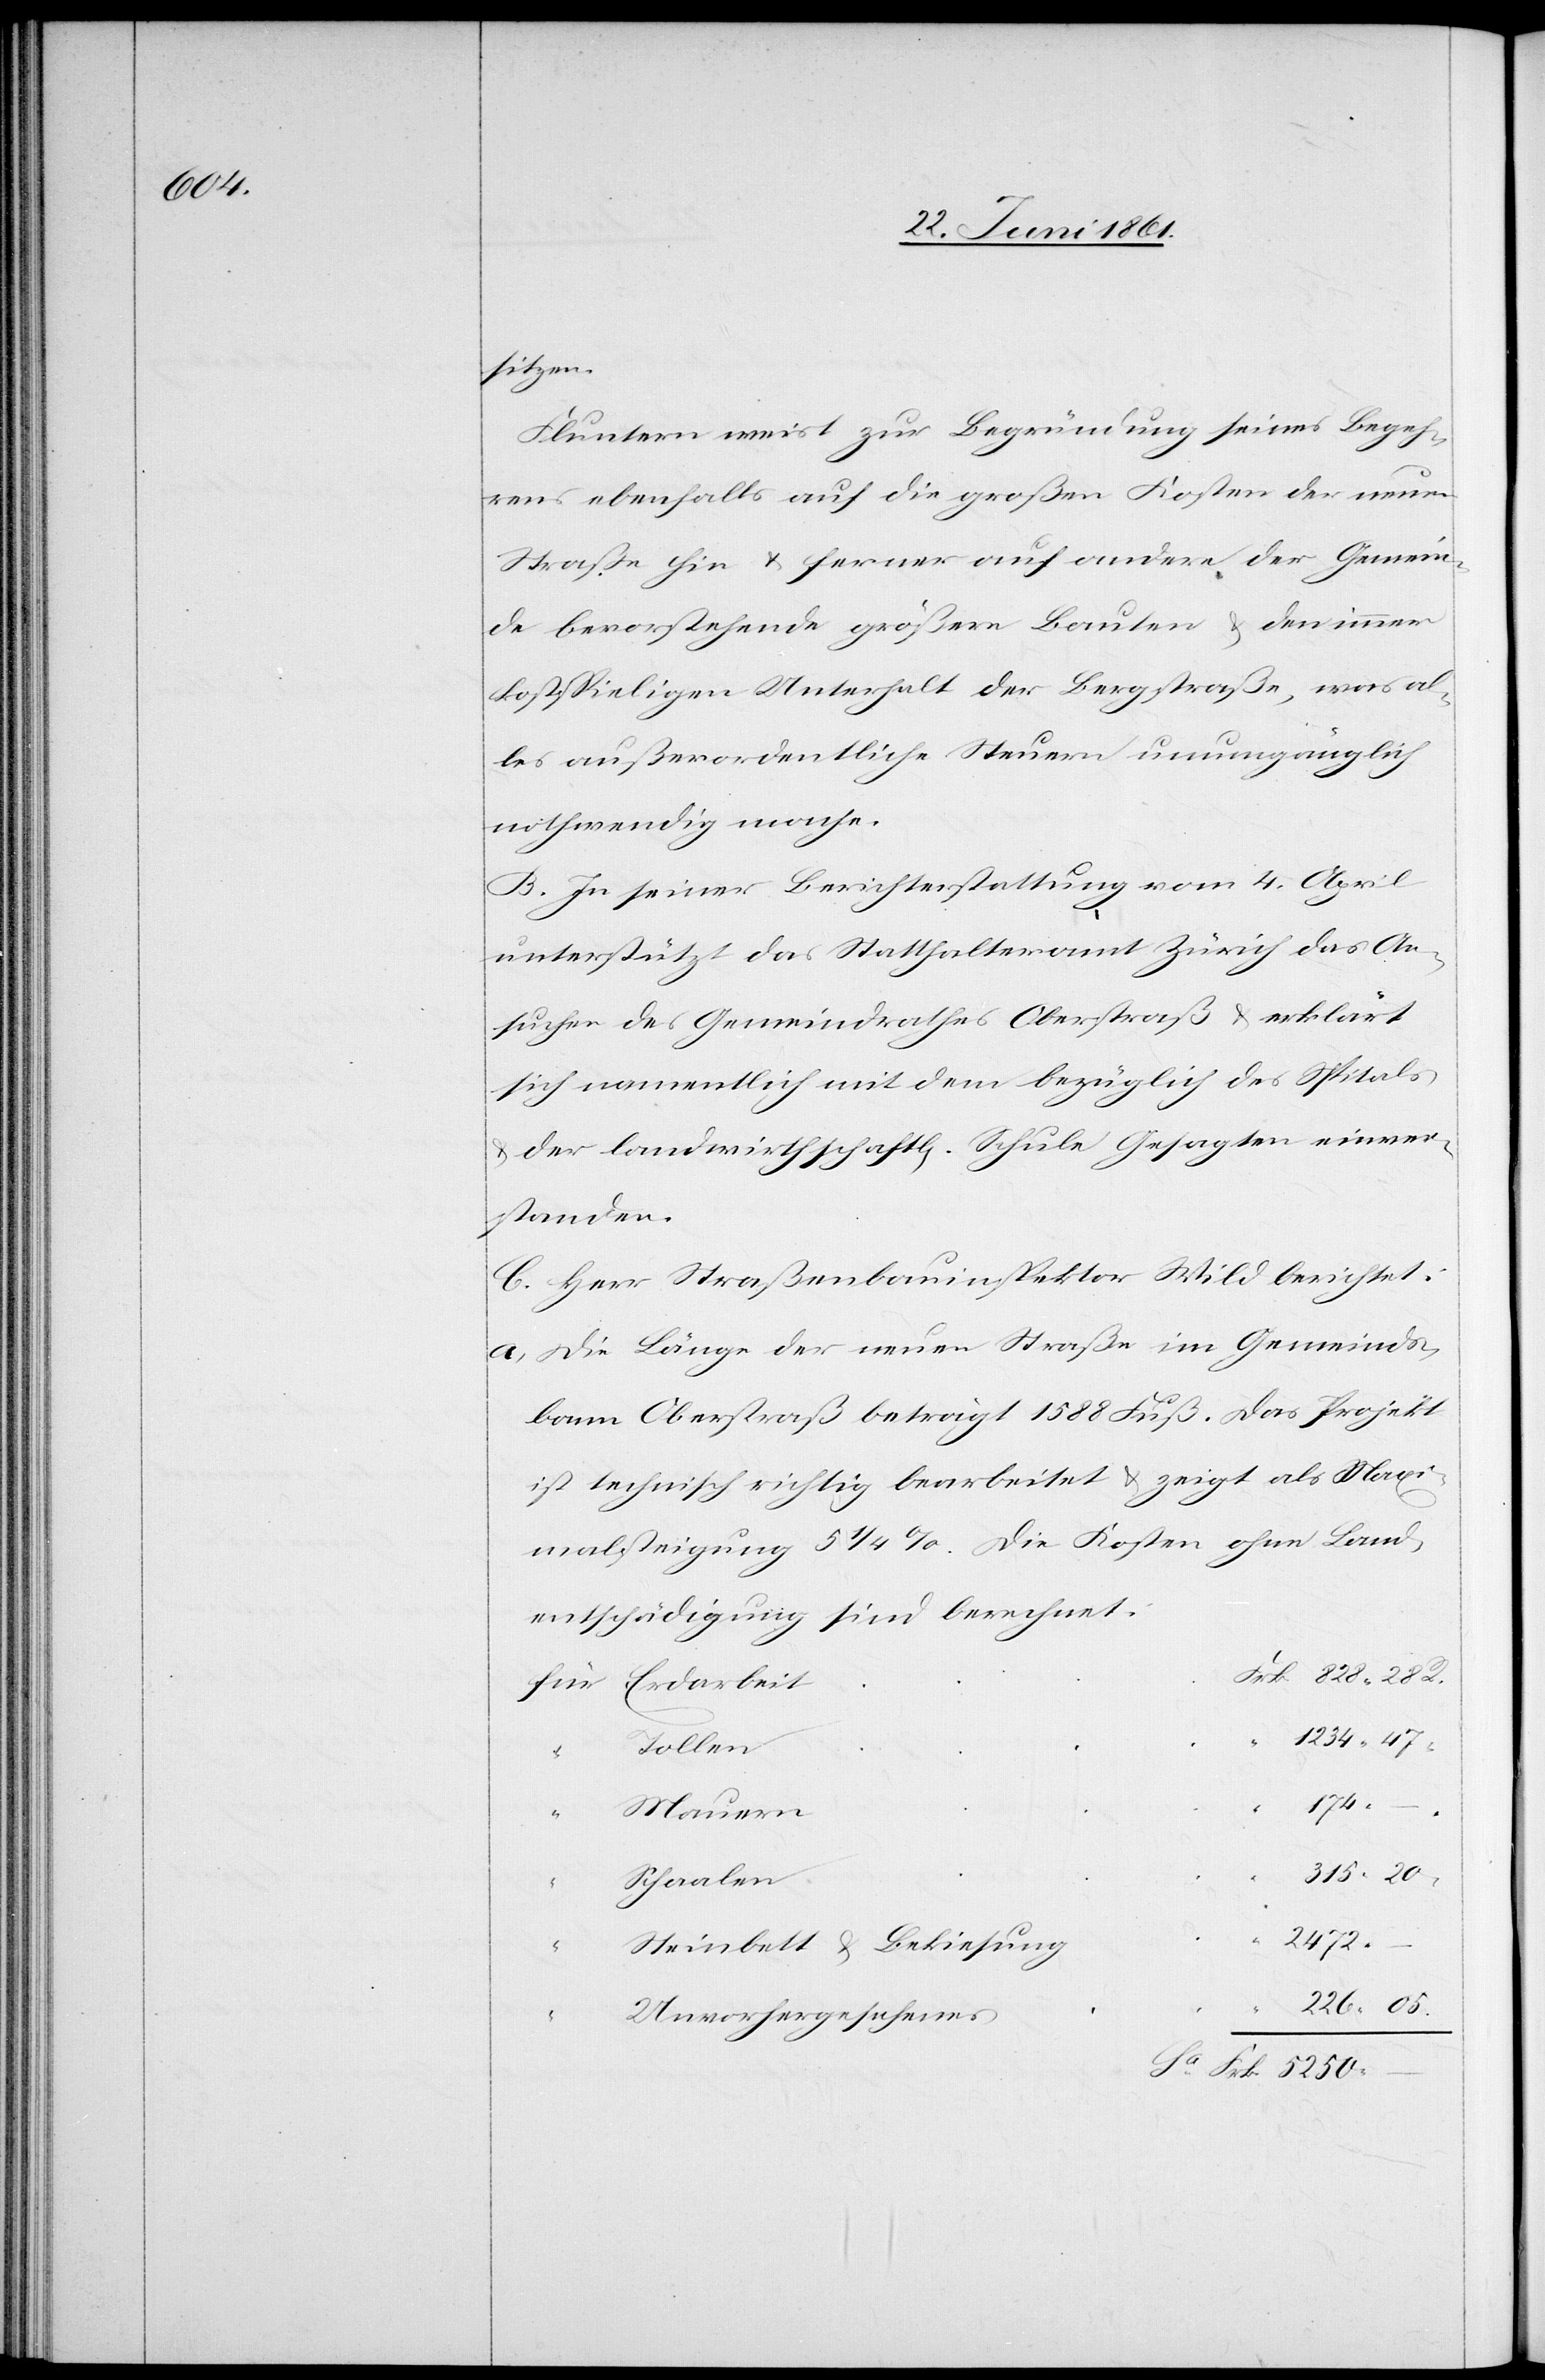
sitzen.
Fluntern weist zur Begründung seines Begeh¬
rens ebenfalls auf die großen Kosten der neuen
Straße hin u. ferner auf andere der Gemein¬
de bevorstehende größere Bauten u. den immer
kostspieligern Unterhalt der Bergstraße, was al¬
les außerordentliche Steuern unumgänglich
nothwendig mache.
B. In seiner Berichterstattung vom 4. April
unterstützt das Statthalteramt Zürich das An¬
suchen des Gemeindrathes Oberstraß u. erklärt
sich namentlich mit dem bezüglich des Spitals
u. der landwirtschaft[lichen] Schule Gesagten einver¬
standen.
C. Herr Straßenbauinspektor Wild berichtet:
a) Die Länge der neuen Straße im Gemeinds¬
bann Oberstraß beträgt 1588 Fuß. Das Projekt
ist technisch richtig bearbeitet u. zeigt als Maxi¬
malsteigung 5 1/4 %. Die Kosten ohne Land¬
entschädigung sind berechnet:
Tollen
174
Mauern
Schaalen
2472
Steinbett u. Bekiesung
Unvorhergesehenes